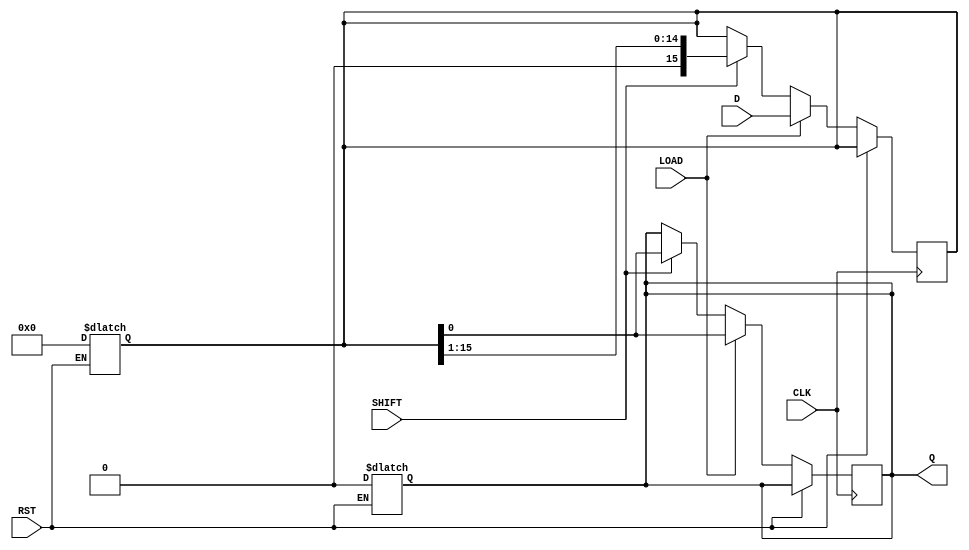
module PISO_Register (
    input wire [15:0] D,       // 16-bit data input
    input wire LOAD,           // Load control signal
    input wire SHIFT,          // Shift control signal
    input wire CLK,            // Clock signal
    input wire RST,            // Asynchronous reset signal
    output reg Q               // Serial output
);

    reg [15:0] shift_reg;      // 16-bit shift register

    // Asynchronous reset
    always @(*) begin
        if (RST) begin
            shift_reg <= 16'b0;   // Clear register
            Q <= 0;               // Clear output
        end
    end

    // Loading and shifting operations
    always @(posedge CLK) begin
        if (!RST) begin
            // Load operation
            if (LOAD) begin
                shift_reg <= D;    // Load data into shift register
                Q <= shift_reg[0]; // Set the serial output to the LSB of the register
            end
            // Shift operation
            else if (SHIFT) begin
                Q <= shift_reg[0]; // Output the LSB
                shift_reg <= {1'b0, shift_reg[15:1]}; // Shift right
            end
            // If neither LOAD nor SHIFT is active
            else begin
                Q <= Q; // Hold current output
            end
        end
    end

endmodule